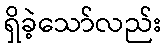
ရှိခဲ့သော်လည်း